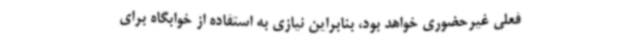
فعلی غیرحضوری خواهد بود، بنابراین نیازی به استفاده از خوابگاه برای